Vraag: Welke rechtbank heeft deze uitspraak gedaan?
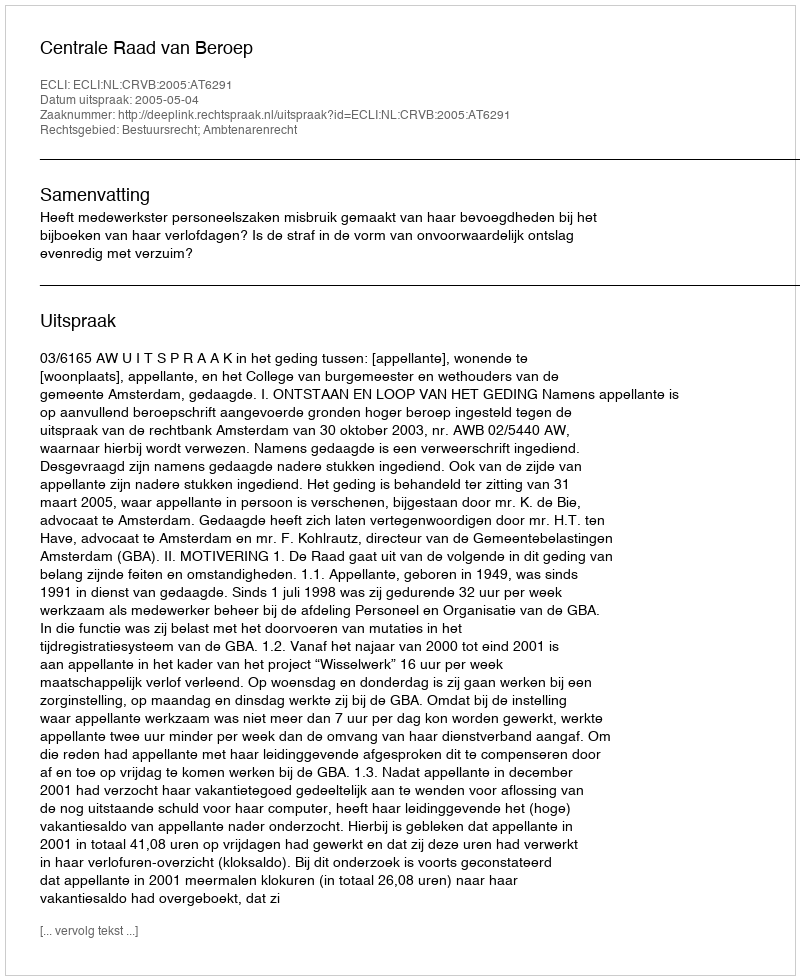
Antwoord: Centrale Raad van Beroep